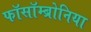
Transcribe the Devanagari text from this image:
फॉसॉम्ब्रोनिया